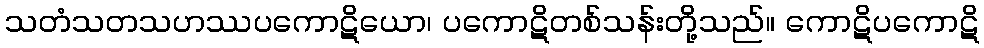
သတံသတသဟဿပကောဋိယော၊ ပကောဋိတစ်သန်းတို့သည်။ ကောဋိပကောဋိ